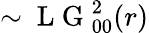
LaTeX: \sim\mathrm{~L~G~}_{00}^{2}(r)